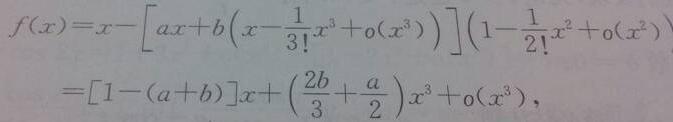
\[
\begin{align*}
f(x)&=x-\left[ax + b\left(x-\frac{1}{3!}x^{3}+o(x^{3})\right)\right]\left(1-\frac{1}{2!}x^{2}+o(x^{2})\right)\\
&=[1-(a + b)]x+\left(\frac{2b}{3}+\frac{a}{2}\right)x^{3}+o(x^{3}),
\end{align*}
\]